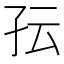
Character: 𰌟